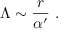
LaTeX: \Lambda \sim { \frac { r } { \alpha ^ { \prime } } } ~ .